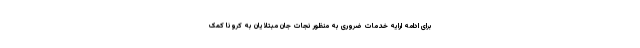
برای ادامه ارایه خدمات ضروری به منظور نجات جان مبتلایان به کرونا کمک